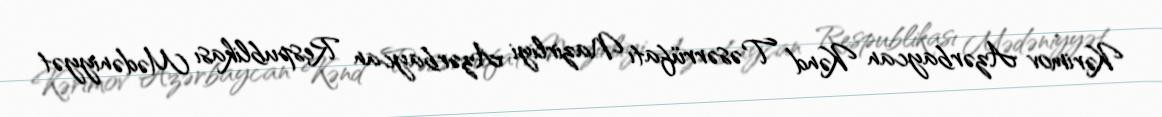
Kərimov Azərbaycan Kənd Təsərrüfatı Nazirliyi Azərbaycan Respublikası Mədəniyyət